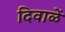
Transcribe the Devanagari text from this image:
दिवाळें